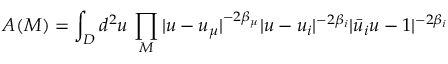
A ( { \cal M } ) = \int _ { \cal D } d ^ { 2 } u \, \prod _ { { \cal M } } | u - u _ { \mu } | ^ { - 2 \beta _ { \mu } } | u - u _ { i } | ^ { - 2 \beta _ { i } } | \bar { u } _ { i } u - 1 | ^ { - 2 \beta _ { i } }